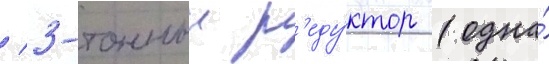
/ 3-тонныи р'еду́ктор (одна́